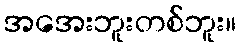
အအေးဘူးတစ်ဘူး။